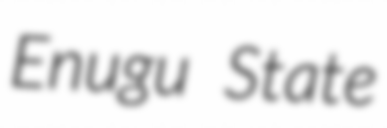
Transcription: Enugu State